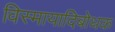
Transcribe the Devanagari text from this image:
विस्मायादिबोधक